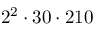
2 ^ { 2 } \cdot 3 0 \cdot 2 1 0